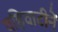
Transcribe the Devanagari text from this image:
वहिवाटीनें